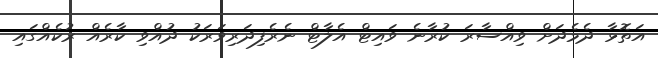
އަތޮޅާ ދެމެދަށް ވިއްސާރަ ކުރާނެ ވައިޓް އެލާޓް ނެރެފިދަރިވަރަކު ދުއްވި ކާރެއް ރުކެއްގައި